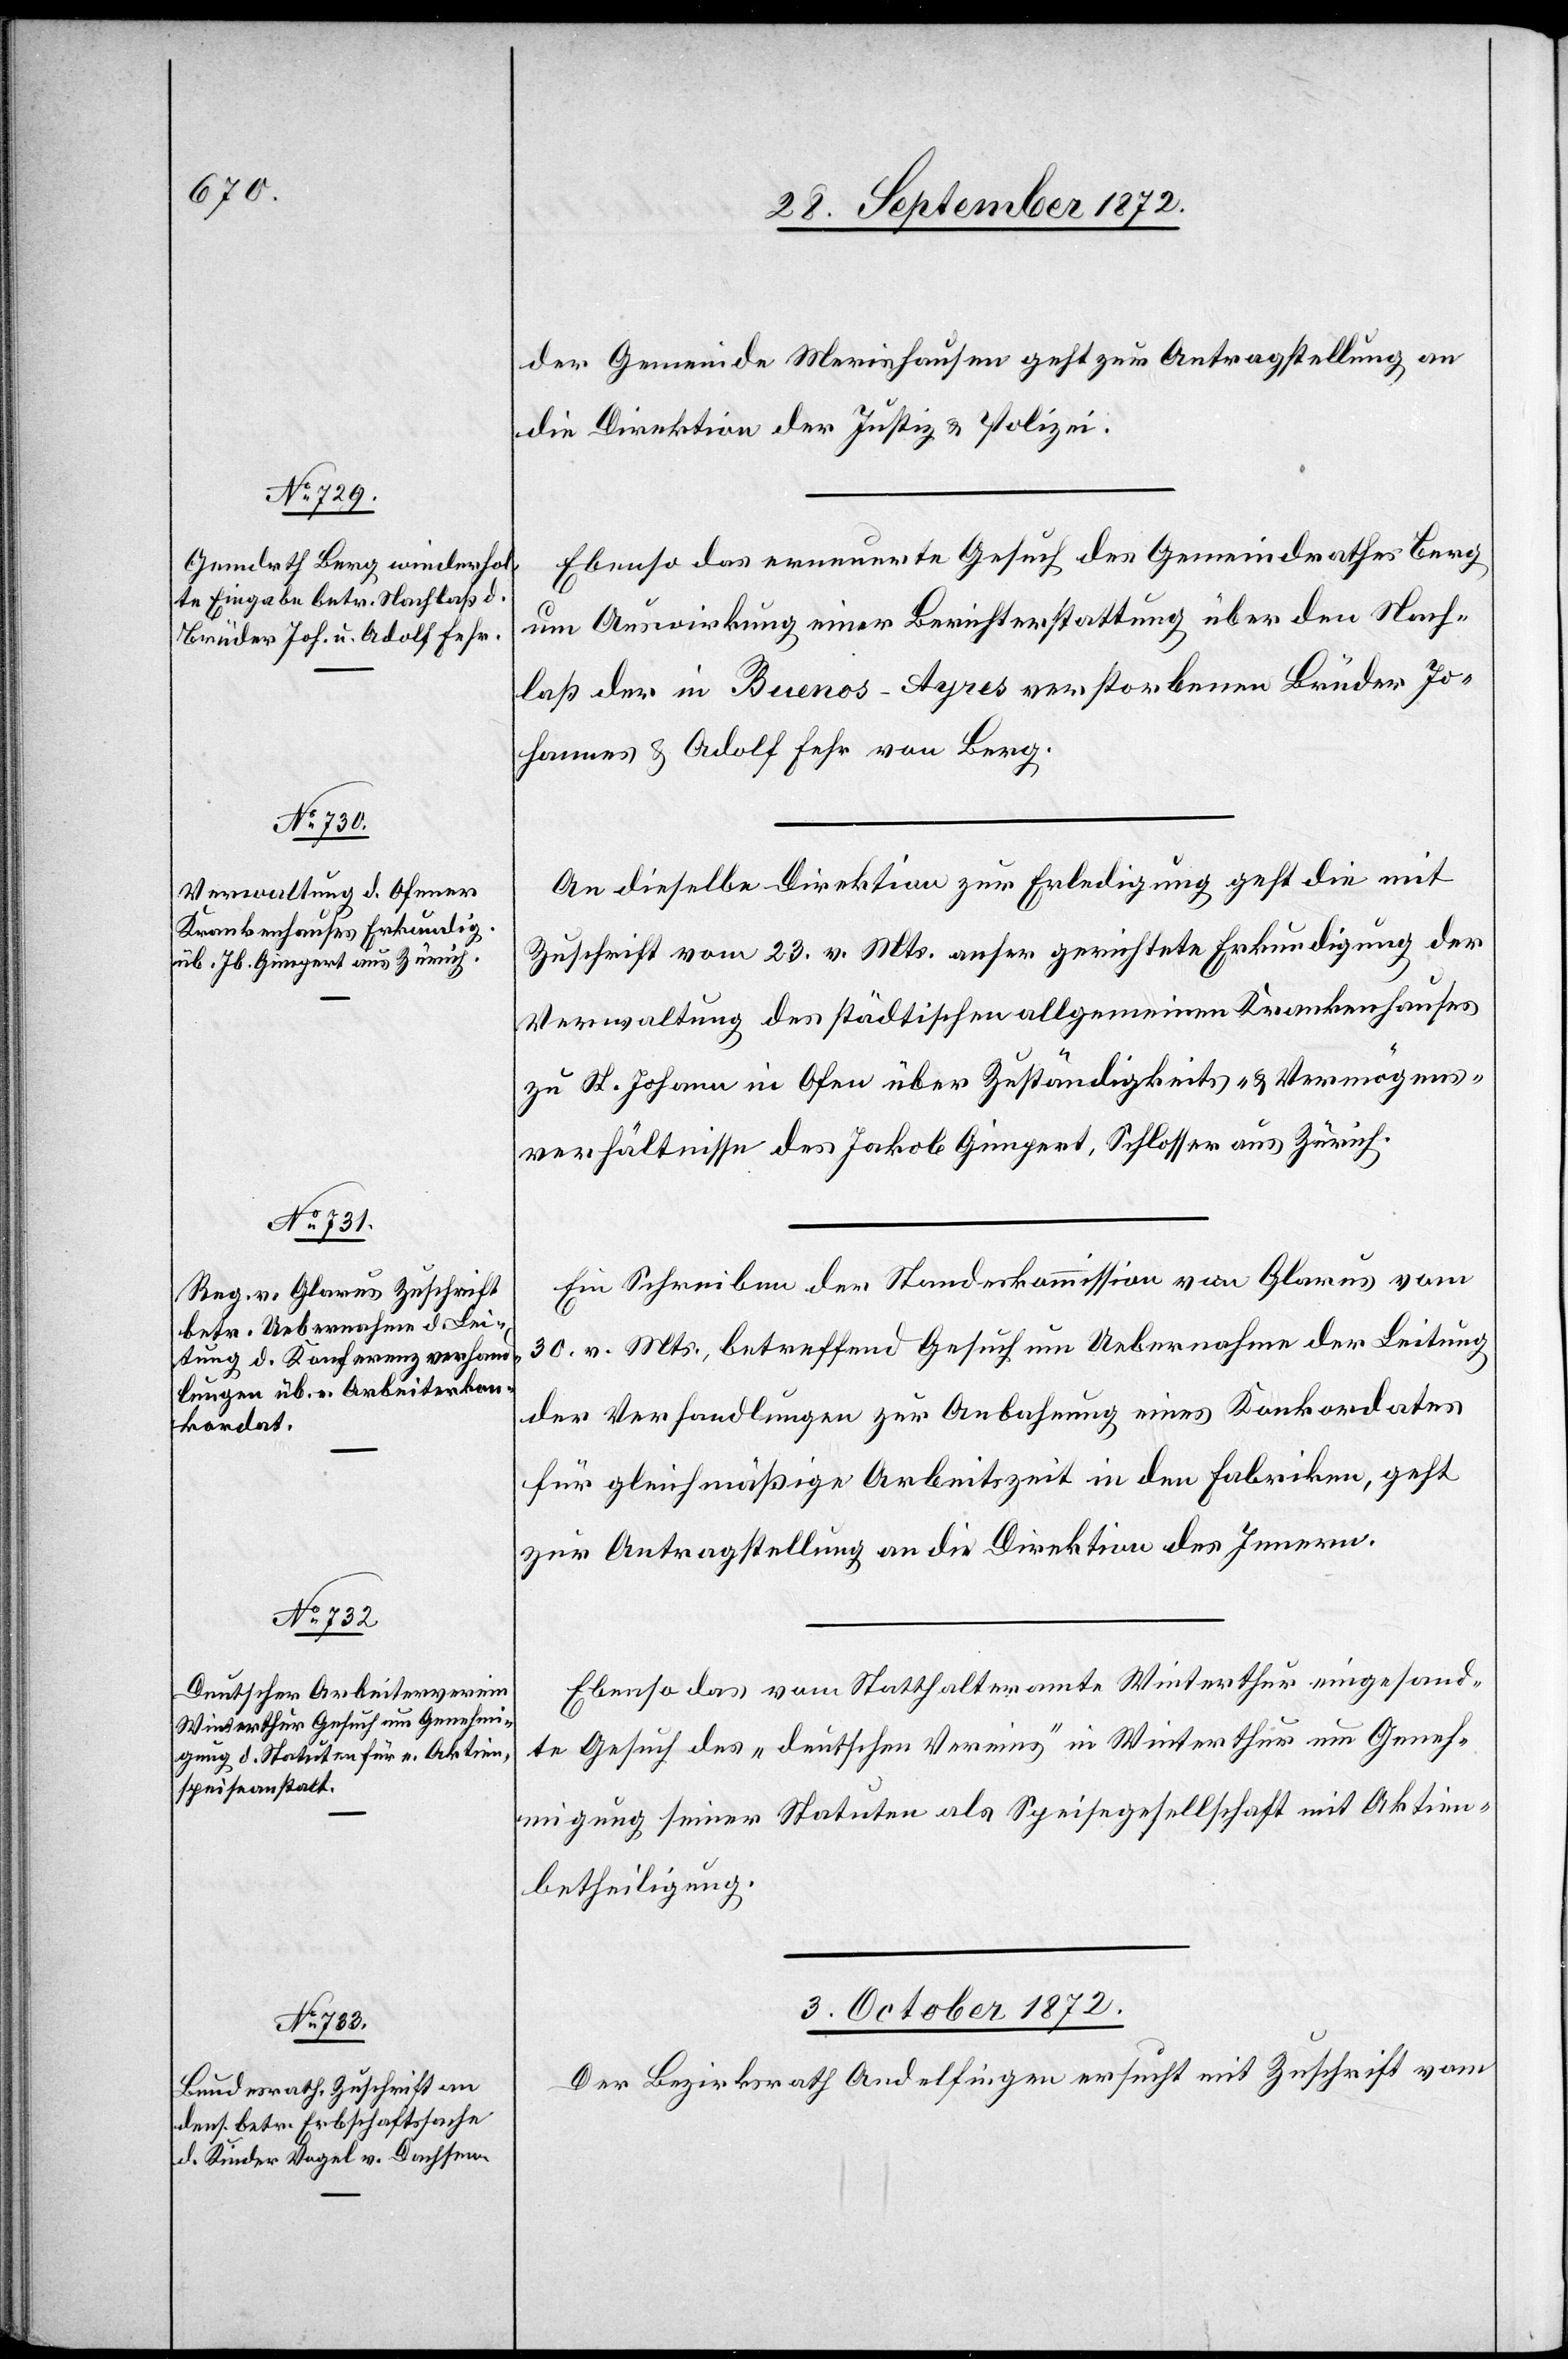
der Gemeinde Merishausen geht zur Antragstellung an
die Direktion der Justiz u. Polizei.
Ebenso das erneuerte Gesuch des Gemeindrathes Berg
um Auswirkung einer Berichterstattung über den Nach¬
laß der in Buenos-Ayres verstorbenen Brüder Jo¬
hannes u. Adolf Fehr von Berg.
An dieselbe Direktion zur Erledigung geht die mit
Zuschrift vom 23. v. Mts. anher gerichtete Erkundigung der
Verwaltung des städtischen allgemeinen Krankenhauses
zu St. Johann in Ofen über Zuständigkeits- u. Vermögens¬
verhältnisse des Jakob Gimpert, Schlosser aus Zürich.
Ein Schreiben der Standeskommission von Glarus vom
30. v. Mts., betreffend Gesuch um Uebernahme der Leitung
der Verhandlungen zur Anbahnung eines Konkordates
für gleichmäßige Arbeitszeit in den Fabriken, geht
zur Antragstellung an die Direktion des Innern.
Ebenso das vom Statthalteramte Winterthur eingesand¬
te Gesuch des „deutschen Vereins“ in Winterthur um Geneh¬
migung seiner Statuten als Speisegesellschaft mit Aktien¬
betheiligung.
3. Oktober 1872.
Der Bezirksrath Andelfingen ersucht mit Zuschrift vom